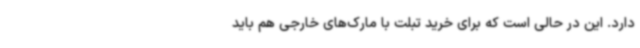
دارد. این در حالی است که برای خرید تبلت با مارک‌های خارجی هم باید